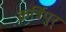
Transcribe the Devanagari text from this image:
कर्त्रिपुर्